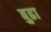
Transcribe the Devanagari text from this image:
बुढा